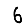
Digit: 6